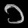
Digit: ၁